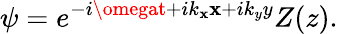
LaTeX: \psi=e^{-i\omegat+ik_{\mathbf{x}}\mathbf{x}+ik_{y}y}Z(z).